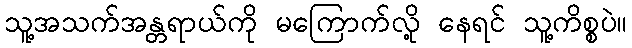
သူ့အသက်အန္တရာယ်ကို မကြောက်လို့ နေရင် သူ့ကိစ္စပဲ။